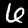
Digit: 6